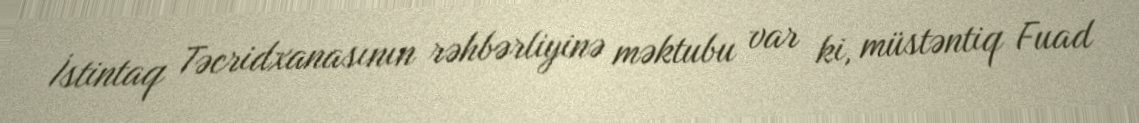
İstintaq Təcridxanasının rəhbərliyinə məktubu var ki, müstəntiq Fuad